Report on vaccination in Madras 1904-1921 - 1904-1921
Year: 1904
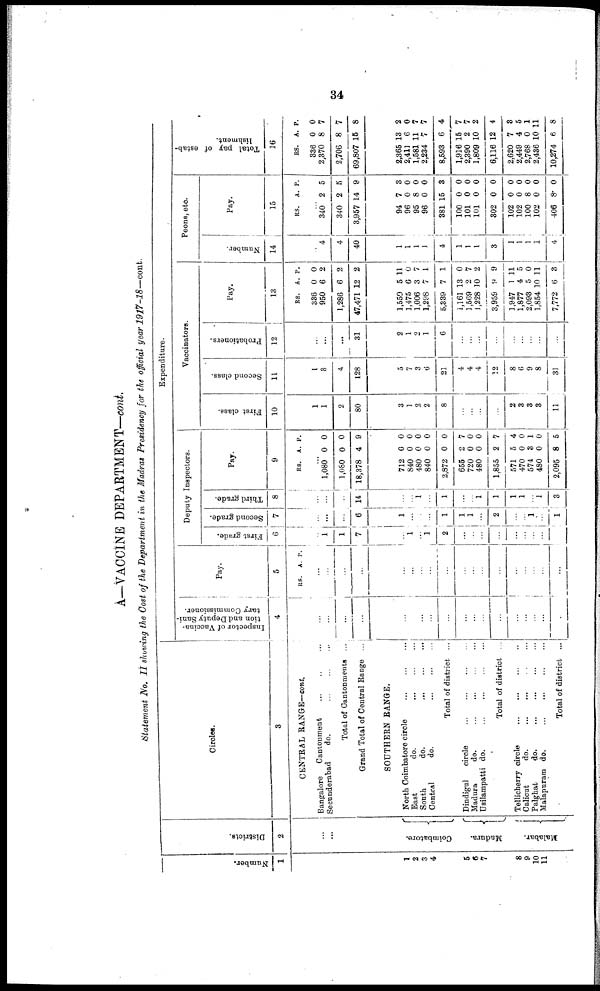
34
A—VACCINE DEPARTMENT—cont.
Statement No. II showing the Cost of the Department in the Madras Presidency for the official year 1917-18—cont.
Number.
1
1
2
3
4
5
6
7
8
9
10
11
Districts.
2
...
...
Coimbatore.
Madura.
Malabar.
Circles.
3
CENTEAL RANGE—cont.
Bangalore
Cantonment ... ... ...
Secunderabad
do. ... ... ...
Total of Cantonments ...
Grand Total of Central Range ...
SOUTHERN RANGE.
North Coimbatore circle ... ... ...
East
do. ... ... ...
South
do.
...
...
...
Central
do. ... ... ...
Total of district ...
Dindigul
circle ... ... ... ...
Madura
do.
...
...
...
...
Usilampatti do.
...
...
...
...
Total of district ...
Tellicherry circle ... ... ... ...
Calicut
do.
...
...
...
...
Palghat
do.
...
...
...
...
Malapuram do.
...
...
...
...
Total of district ...
Expenditure.
Inspector of Vaccina-
tion and Deputy Sani-
tary Commissioner.
4
...
...
...
...
...
...
...
...
...
...
...
...
...
...
...
...
...
...
Pay.
5
RS. A. P.
...
...
...
...
...
...
...
...
...
...
...
...
...
...
...
...
...
...
Deputy Inspectors.
First grade.
6
...
1
1
7
...
1
...
1
2
...
...
...
...
...
...
...
...
...
Second grade.
7
...
...
...
6
1
...
...
...
1
1
1
...
2
...
...
1
...
1
Third grade.
8
...
...
...
14
...
...
1
...
1
...
...
1
1
1
1
...
1
3
Pay.
9
RS. A. P.
...
1,080
1,080
18,378
0
0
4
0
0
9
712
840
480
840
2,872
655
720
480
1,855
571
470
574
480
2,095
0
0
0
0
0
2
0
0
2
5
0
3
0
8
0
0
0
0
0
7
0
0
7
4
0
1
0
5
Vaccinators.
First class.
10
1
1
2
80
3
1
2
2
8
...
...
...
...
2
3
3
3
11
Second class.
11
1
3
4
128
5
7
3
6
21
4
4
4
12
8
6
9
8
31
Probationers.
12
...
...
...
31
2
1
2
1
6
...
...
...
...
...
...
...
...
...
Pay.
13
RS.
336
950
1,286
47,471
A.
0
6
6
12
P.
0
2
2
2
1,559
1,475
1,006
1,298
5,339
1,161
1,569
1,228
3,959
1,947
1,877
2,093
1,854
7,772
5
6
3
7
7
13
2
10
9
1
4
5
10
6
11
0
7
1
1
0
7
2
9
11
5
0
11
3
Peons, etc.
Number.
14
...
4
4
40
1
1
1
1
4
1
1
1
3
1
1
1
1
4
Pay.
15
RS. A. P.
...
340
340
3,957
2
2
14
5
5
9
94
96
95
96
381
100
101
101
302
102
102
100
102
406
7
0
8
0
15
0
0
0
0
0
0
8
0
8
3
0
0
0
3
0
0
0
0
0
0
0
0
0
Total pay of estab-
lishment.
16
RS.
336
2,370
2,706
69,807
A.
0
8
8
15
P.
0
7
7
8
2,365
2,411
1,581
2,234
8,593
1,916
2,390
1,809
6,116
2,620
2,449
2,768
2,436
10,274
13
6
11
7
6
15
2
10
12
7
4
0
10
6
2
0
7
7
4
7
7
2
4
3
5
1
11
8